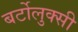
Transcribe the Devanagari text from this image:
बर्टोलुक्सी